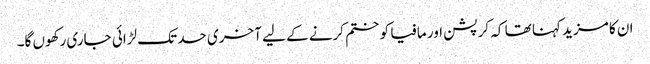
ان کا مزید کہنا تھا کہ کرپشن اور مافیا کو ختم کرنے کے لیے آخری حد تک لڑائی جاری رکھوں گا۔